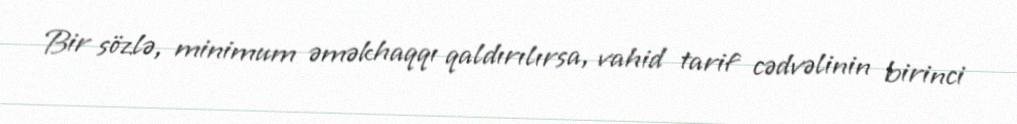
Bir sözlə, minimum əməkhaqqı qaldırılırsa, vahid tarif cədvəlinin birinci